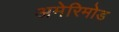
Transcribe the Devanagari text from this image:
अमेरिमोड